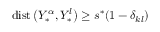
\mathrm { { d i s t } } \left( { Y _ { * } ^ { \alpha } } , { Y _ { * } ^ { l } } \right) \geq s ^ { * } ( 1 - \delta _ { k l } )